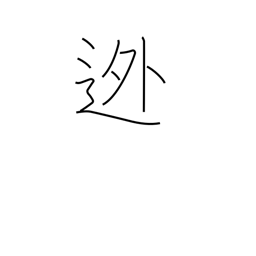
Meaning: abscond